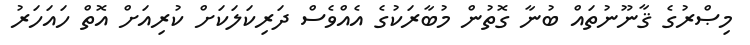
މިޞްރުގެ ޤާނޫނުތައް ބުނާ ގޮތުން މުބާރަކުގެ އެއްވެސް ދަރިކަލަކަށް ކުރިއަށް އޮތް ހައަހަރު